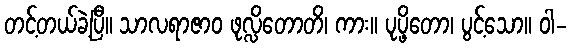
တင့်တယ်ခဲ့ပြီ။ သာလရာဇာဝ ဖုလ္လိတောတိ၊ ကား။ ပုပ္ဖိတော၊ ပွင့်သော။ ဝါ-